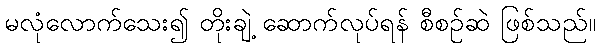
မလုံလောက်သေး၍ တိုးချဲ့ ဆောက်လုပ်ရန် စီစဉ်ဆဲ ဖြစ်သည်။